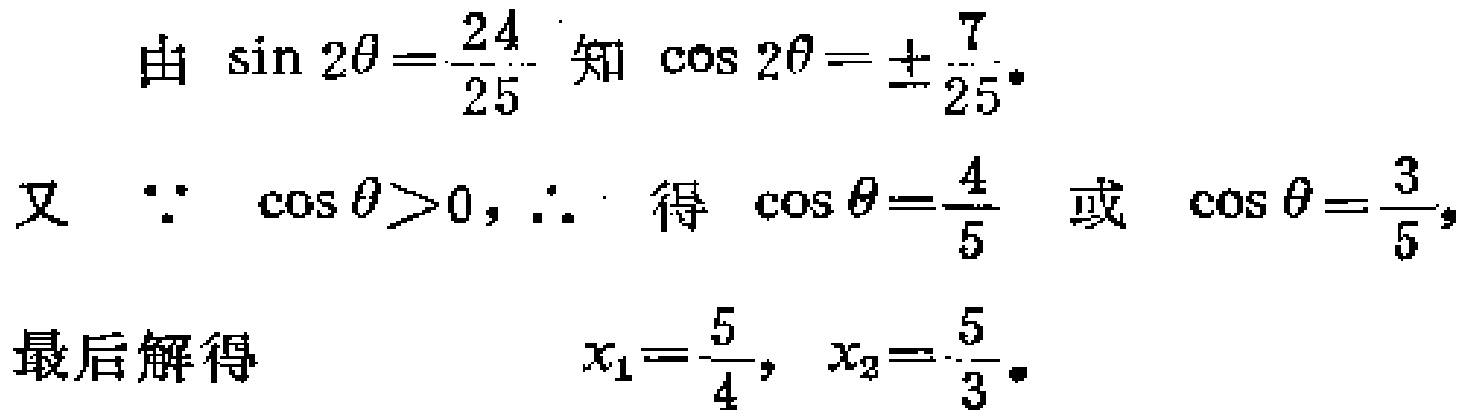
由 $\sin 2\theta=\frac{24}{25}$ 知 $\cos 2\theta = \pm\frac{7}{25}$.

又 $\because \cos\theta>0, \therefore$ 得 $\cos\theta=\frac{4}{5}$ 或 $\cos\theta=\frac{3}{5}$,

最后解得 $\quad x_1 = \frac{5}{4},\ x_2=\frac{5}{3}$.